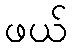
ဖယ်